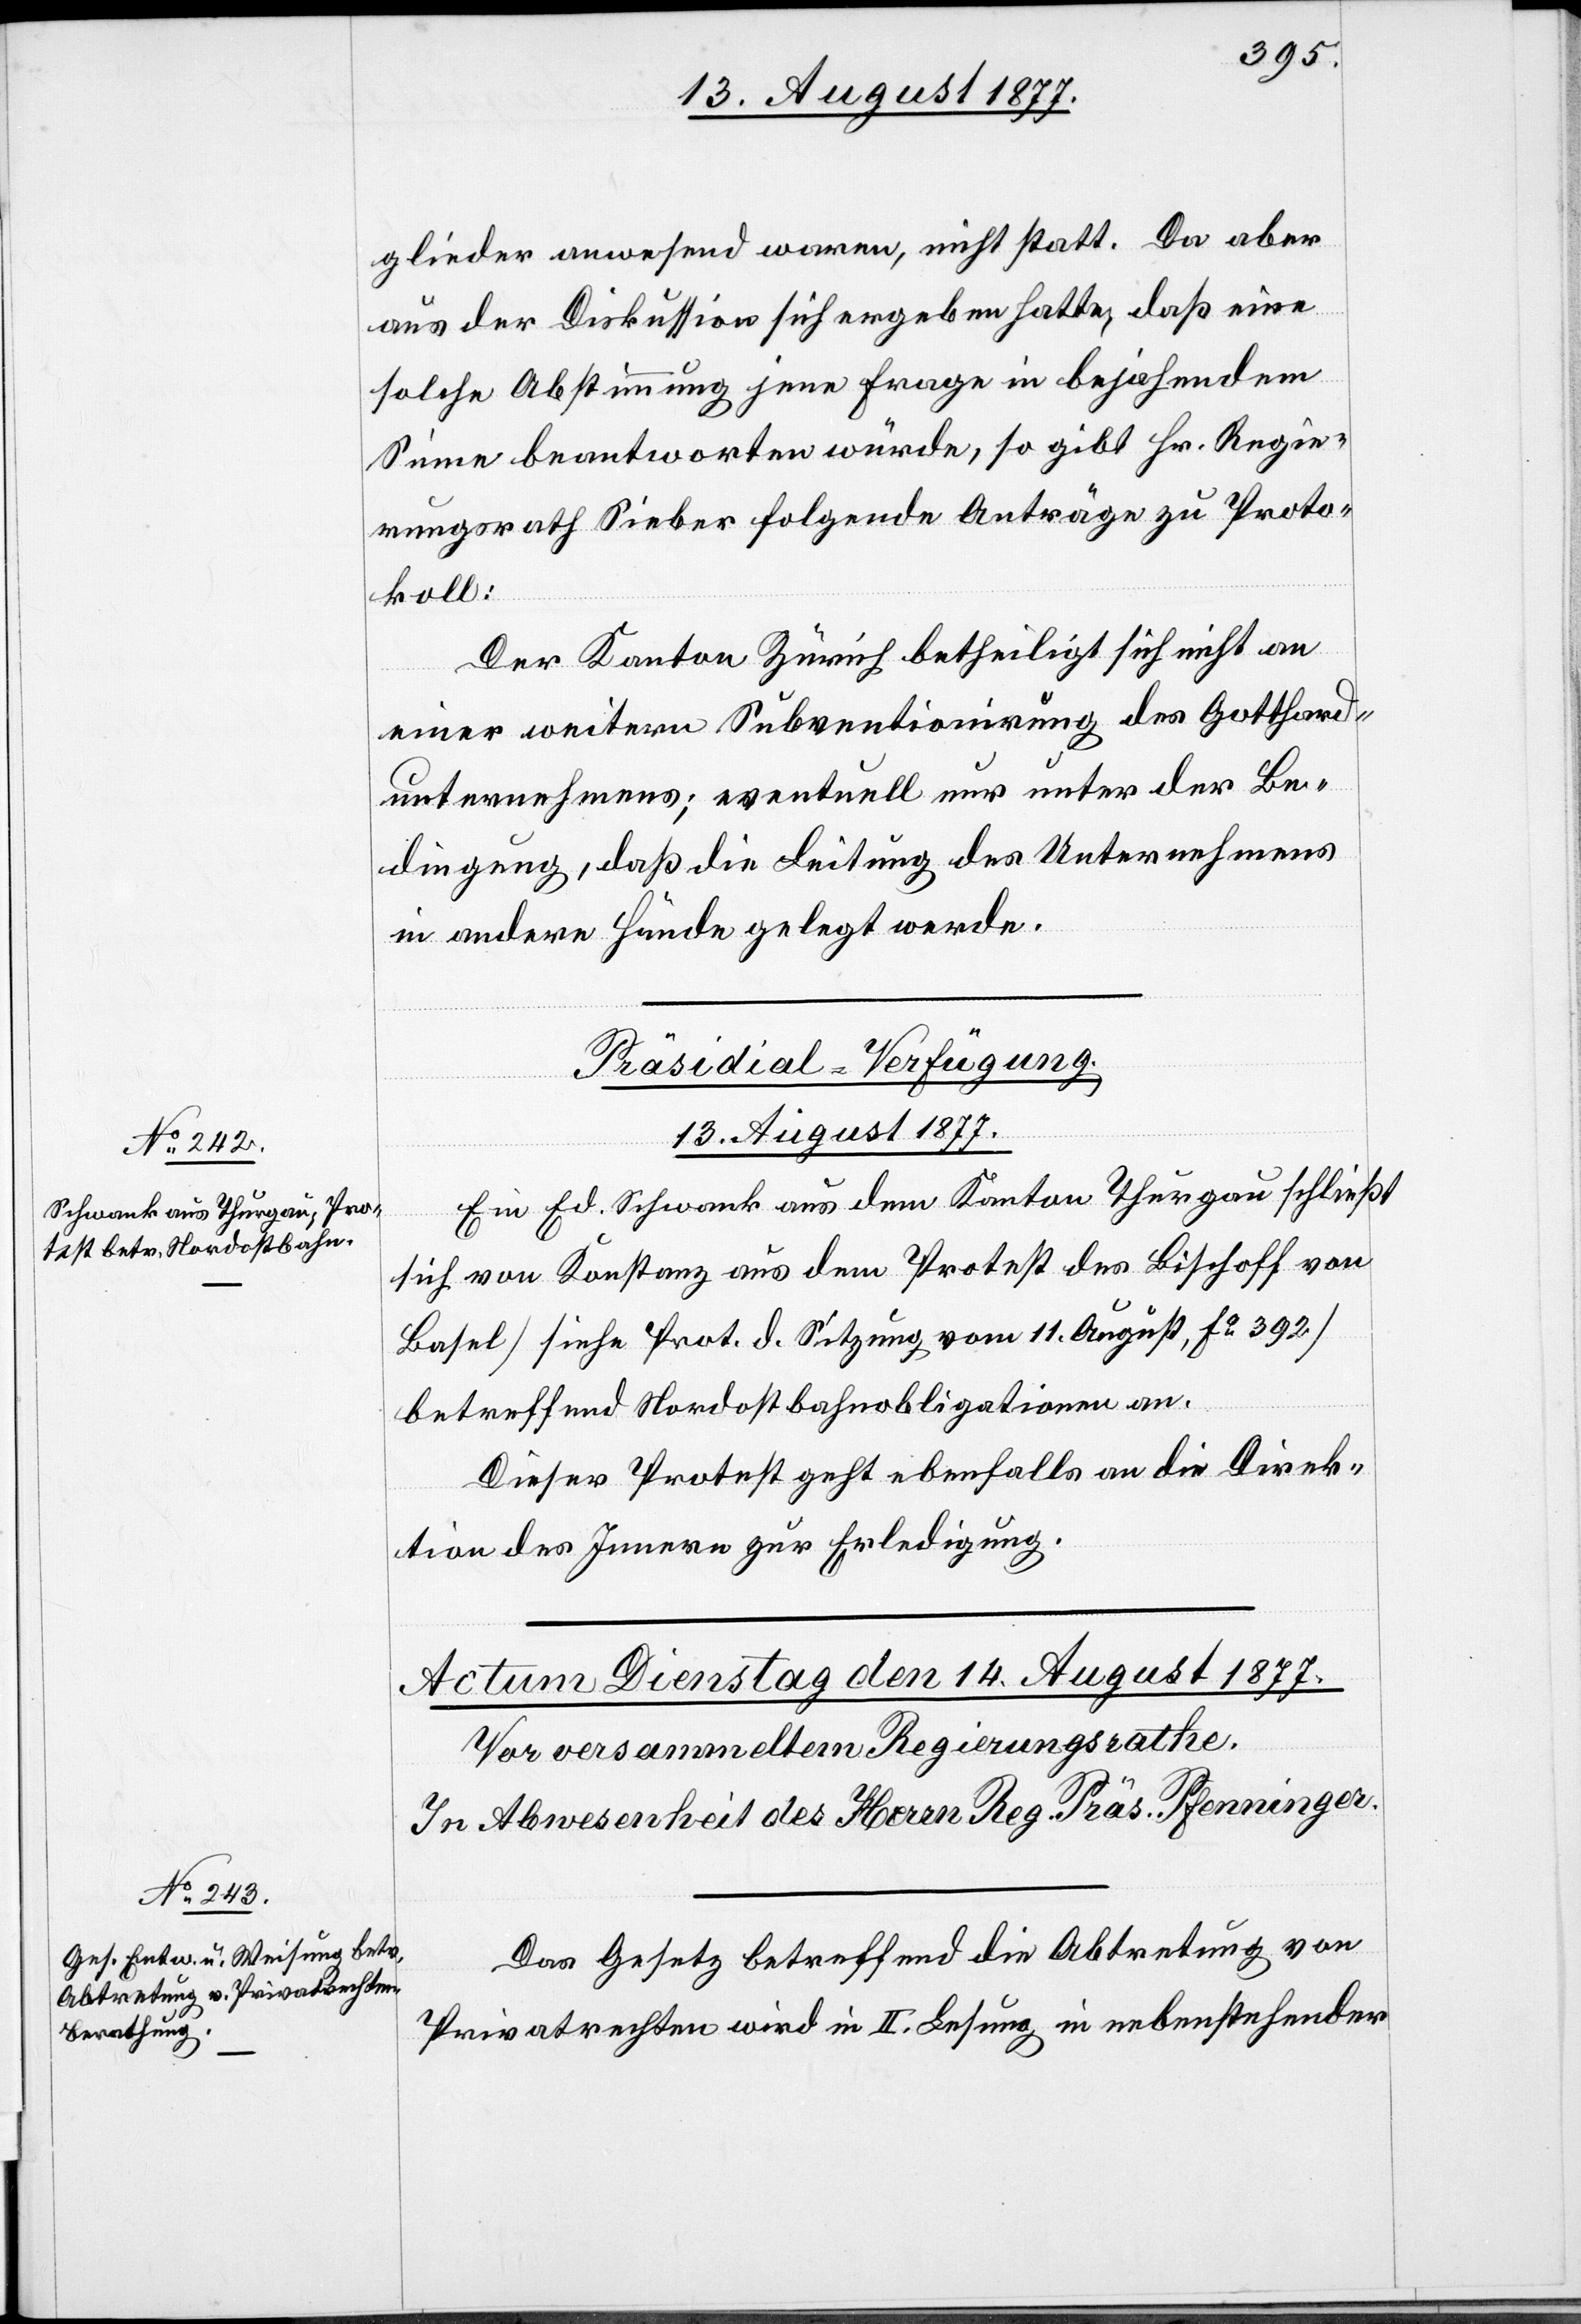
glieder anwesend waren, nicht statt. Da aber
aus der Diskussion sich ergeben hatte, daß eine
solche Abstimmung jene Frage in bejahendem
Sinne beantworten würde, so gibt Hr. Regie¬
rungsrath Sieber folgende Anträge zu Proto¬
koll:
Der Kanton Zürich betheiligt sich nicht an
einer weitern Subventionirung des Gotthard¬
unternehmens; eventuell nur unter der Be¬
dingung, daß die Leitung des Unternehmens
in andere Hände gelegt werde.
Präsidial-Verfügung.
13. August 1877.
Ein Ed. Schwank aus dem Kanton Thurgau schließt
sich von Konstanz aus dem Protest des Bischoff von
Basel [siehe Prot. d. Sitzung vom 11. August, Fo 392]
betreffend Nordostbahnobligationen an.
Dieser Protest geht ebenfalls an die Direk¬
tion des Innern zur Erledigung.
Das Gesetz betreffend die Abtretung von
Privatrechten wird in II. Lesung in nebenstehender